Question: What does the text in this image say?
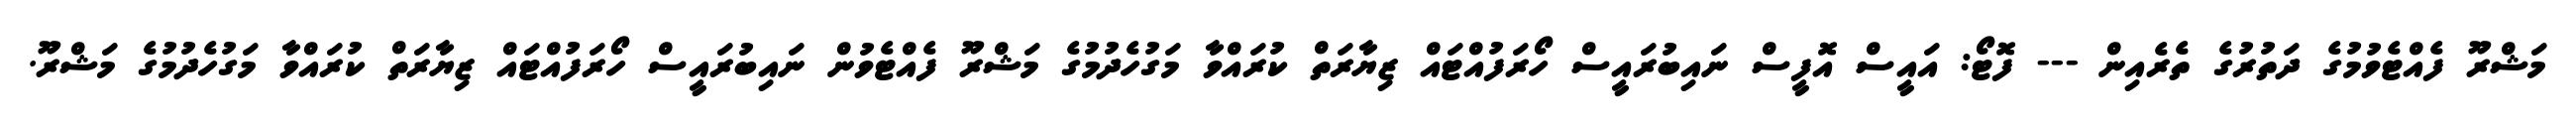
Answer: މަޝްރޫ ފެއްޓެވުމުގެ ދަތުރުގެ ތެރެއިން --- ފޮޓޯ: އައީސް އޮފީސް ނައިބުރައީސް ހޯރަފުއްޓައް ޒިޔާރަތް ކުރައްވާ މަގުހެދުމުގެ މަޝްރޫ ފެއްޓެވުން ނައިބުރައީސް ހޯރަފުއްޓައް ޒިޔާރަތް ކުރައްވާ މަގުހެދުމުގެ މަޝްރޫ.